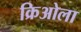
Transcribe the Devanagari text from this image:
क्रिओला